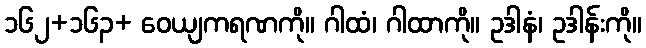
၁၆၂+၁၆၃+ ဝေယျကရဏကို။ ဂါထံ၊ ဂါထာကို။ ဥဒါနံ၊ ဥဒါန်းကို။